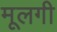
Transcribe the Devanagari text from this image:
मूलगी